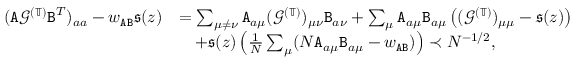
\begin{array} { r l } { ( { \texttt A } { \mathcal G } ^ { ( \mathbb { T } ) } { \texttt B } ^ { T } ) _ { a a } - w _ { { \texttt A } { \texttt B } } \mathfrak { s } ( z ) } & { = \sum _ { \mu \neq \nu } { \texttt A } _ { a \mu } ( { \mathcal G } ^ { ( \mathbb { T } ) } ) _ { \mu \nu } { \texttt B } _ { a \nu } + \sum _ { \mu } { \texttt A } _ { a \mu } { \texttt B } _ { a \mu } \left( ( { \mathcal G } ^ { ( \mathbb { T } ) } ) _ { \mu \mu } - \mathfrak { s } ( z ) \right) } \\ & { ~ ~ ~ + \mathfrak { s } ( z ) \left( \frac 1 { N } \sum _ { \mu } ( N { \texttt A } _ { a \mu } { \texttt B } _ { a \mu } - w _ { { \texttt A } { \texttt B } } ) \right) \prec N ^ { - 1 / 2 } , } \end{array}